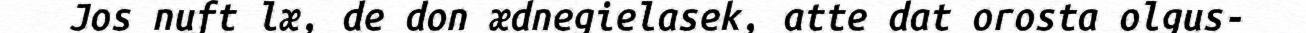
Jos nuft læ, de don ædnegielasek, atte dat orosta olgus-